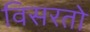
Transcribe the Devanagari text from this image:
विसरतो